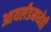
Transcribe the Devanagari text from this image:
आयर्लंडमध्येही